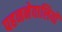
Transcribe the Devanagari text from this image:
पहननेवालियों